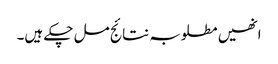
انھیں مطلوبہ نتائج مل چکے ہیں۔